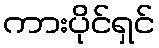
ကားပိုင်ရှင်